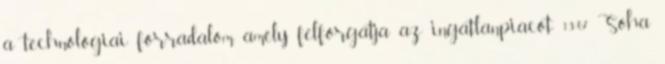
a technológiai forradalom, amely felforgatja az ingatlanpiacot 13:07 Soha